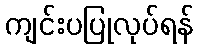
ကျင်းပပြုလုပ်ရန်